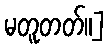
မတူတတ်။]